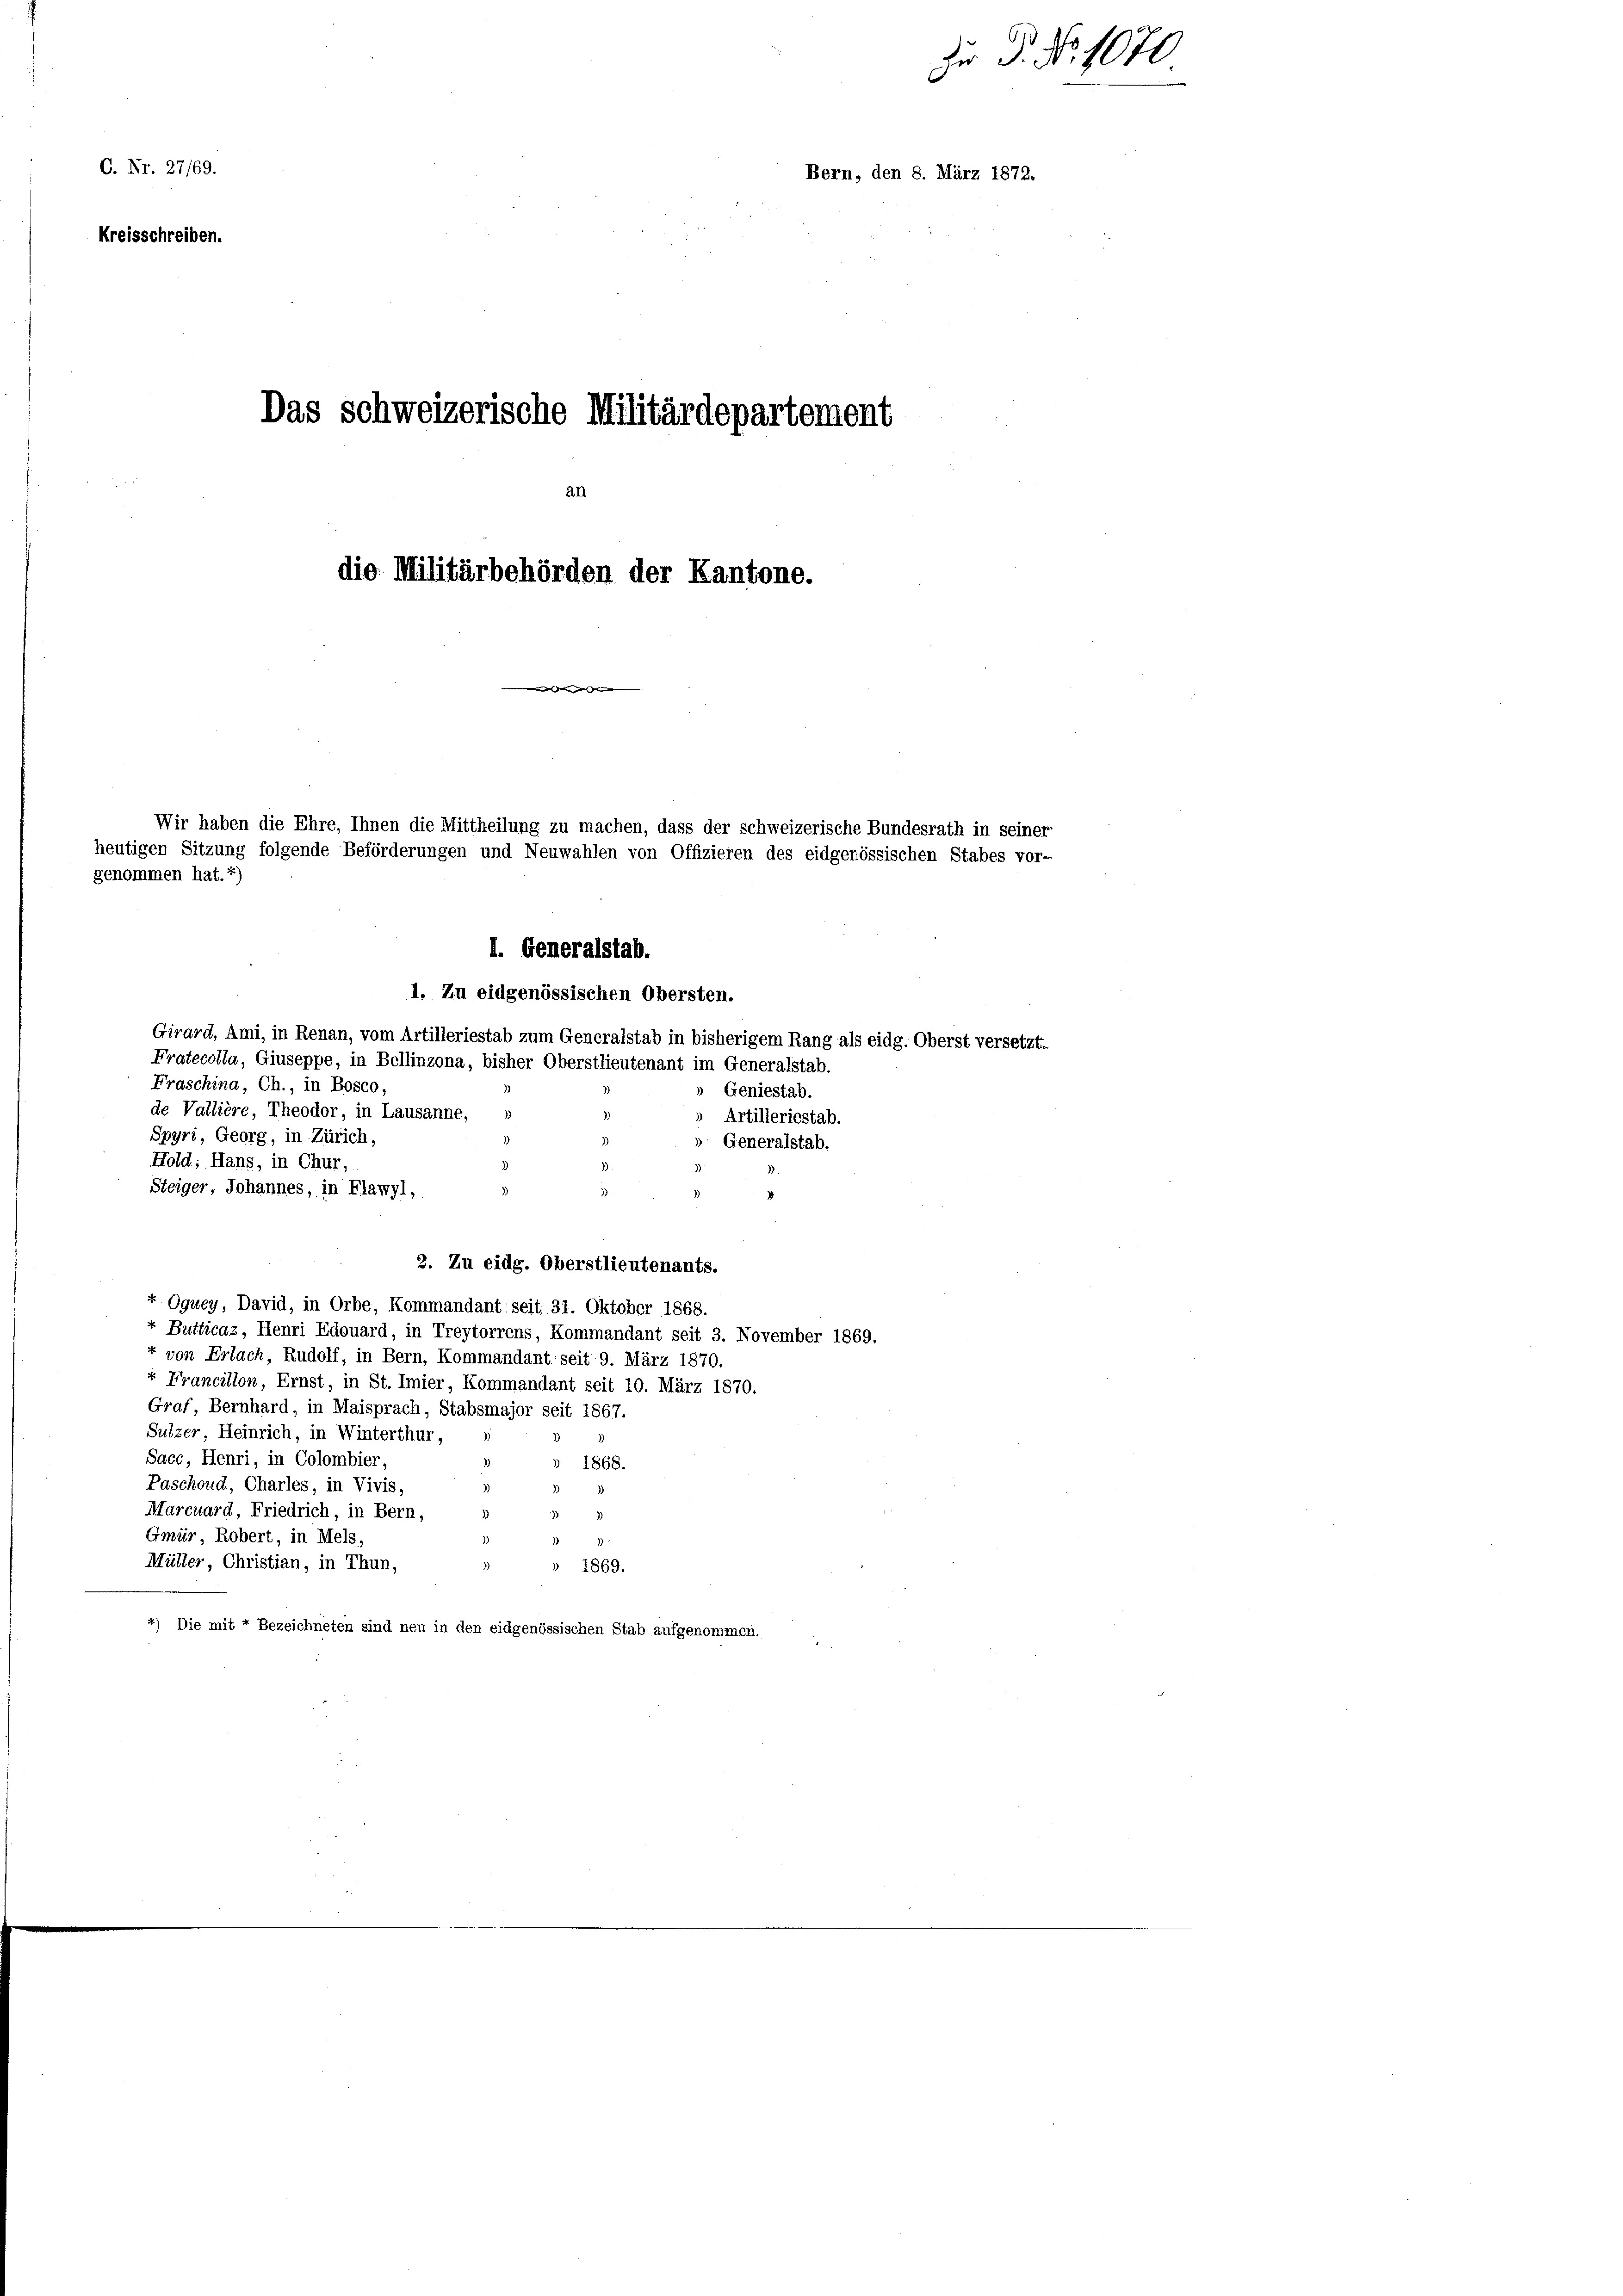
C. Nr. 27/69.
Kreisschreiben.

Das schweizerische Militärdepartement
an
die Militärbehörden der Kantone.

Wir haben die Ehre, Ihnen die Mittheilung zu machen, dass der schweizerische Bundesrath in seiner
eutigen Sitzung folgende Beförderungen und Neuwahlen von Offizieren des eidgenössischen Stabes vor-
enommen hat.4)

I. Generalstab.
1. Zu eidgenössischen Obersten.
Girard, Ami, in Renan, vom Artilleriestab zum Generalstab in bisherigem Rang als eidg. Oberst verst
Fratecolla, Giuseppe, in Bellinzona, bisher Oberstlieutenant im Generalstab.
Fraschina, Ch., in Bosco,
Geniestab.
de Vallière, Theodor, in Lausanne, »
Spyri, Georg, in Zürich,
 Generalstab.
Hold; Hans, in Chur,
Steiger, Johannes, in Flawyl,
2. Zu eidg. Oberstlieutenants.
x Oquey, David, in Orbe, Kommandant seit. 31. Oktober 1868.
+ Butticaz, Henri Edouard, in Treytorrens, Kommandant seit 3. November 1869.
+ von Erlach, Rudolf, in Bern, Kommandant seit 9. März 1870.
+ Francilion, Ernst, in St. Imier, Kommandant seit 10. März 1870.
Graf, Bernhard, in Maisprach, Stabsmajor seit 1867.
Sulzer, Heinrich, in Winterthur,
Sacc, Henri, in Colombier,
1868.
Paschoud, Charles, in Vivis,
Marcuard, Friedrich, in Bern,
s
Gmür, Robert, in Mels,
Müller, Christian, in Thun,
 1869.
.
4) Die mit + Bezeichneten sind neu in den eidgenössischen Stab aufgenommen.

Bern, den 8. März 1872.

Artilleriestab.

Zu P. Nr. 1070